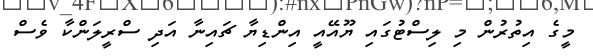
މީގެ އިތުރުން މި ލިސްޓުގައި ޔޫއޭއީ އިންޑިޔާ ޗައިނާ އަދި ސްރީލަންކާ ވެސް